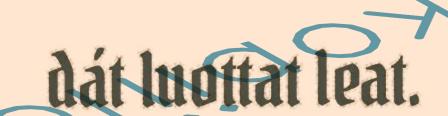
dát luottat leat.